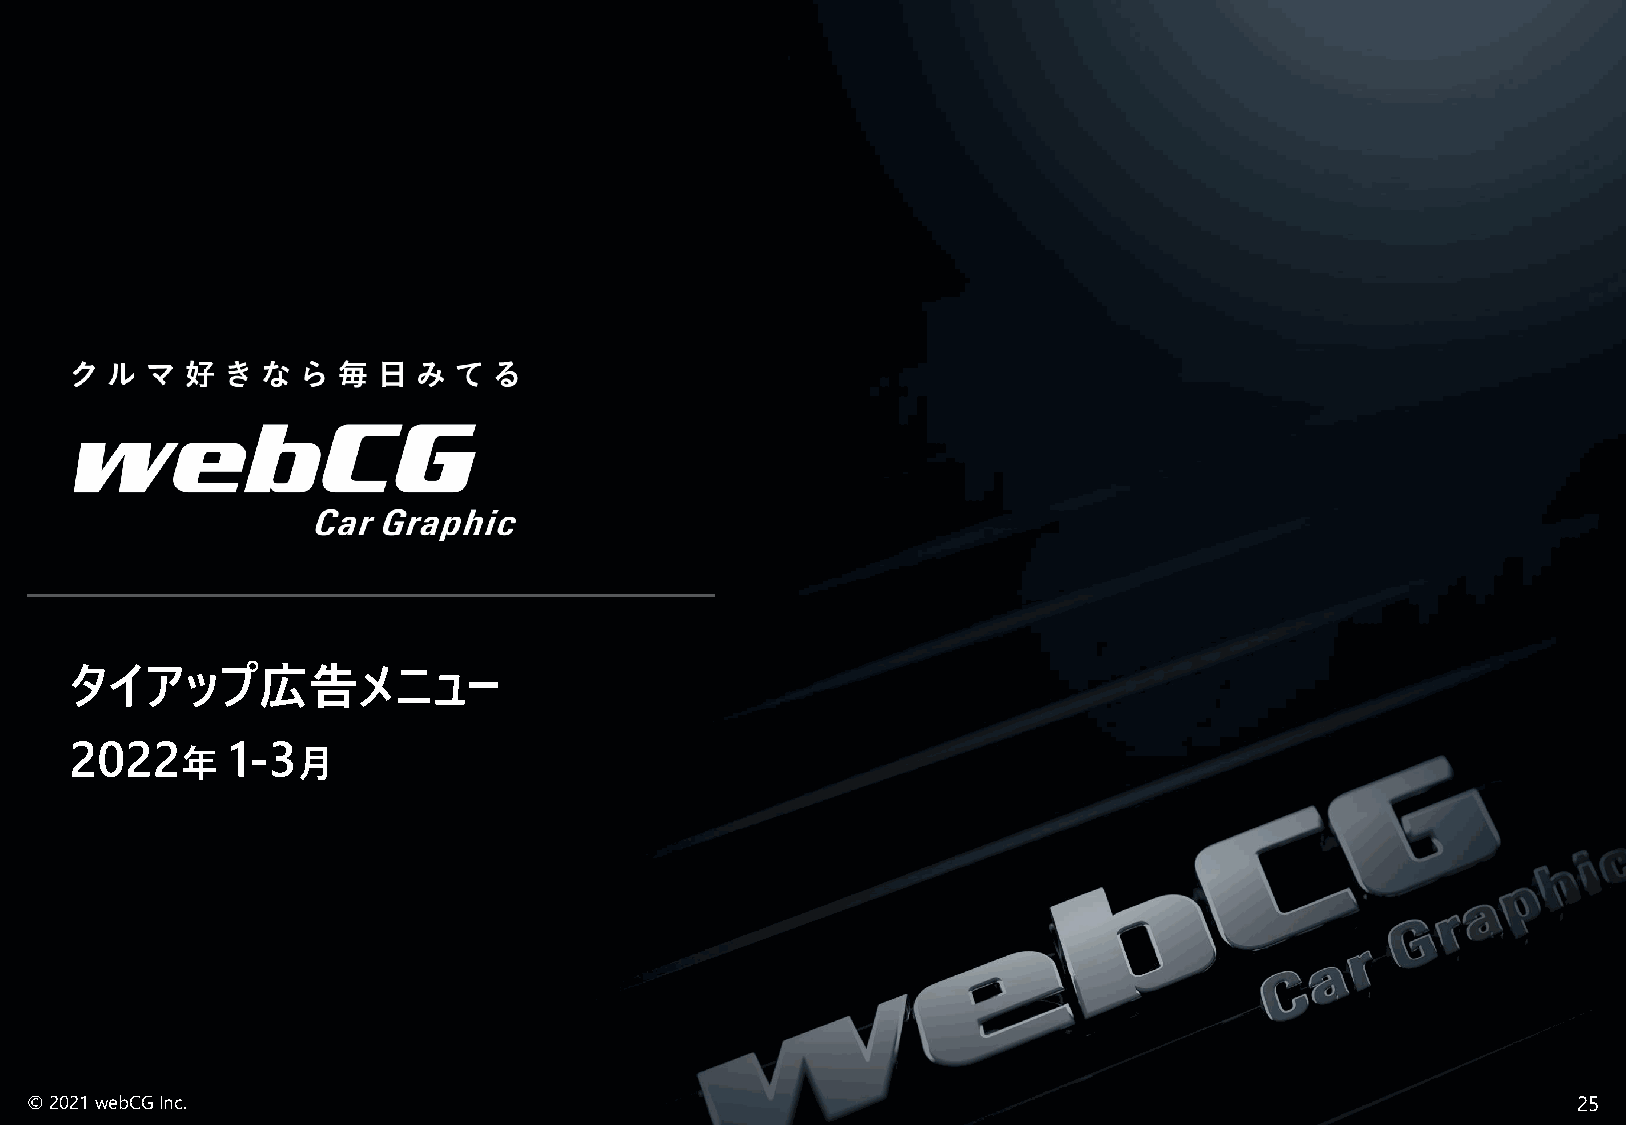
タイアップ広告メニュー
 2022      1-3
 年       月
 © 2021 webCGInc.                                                                                      25